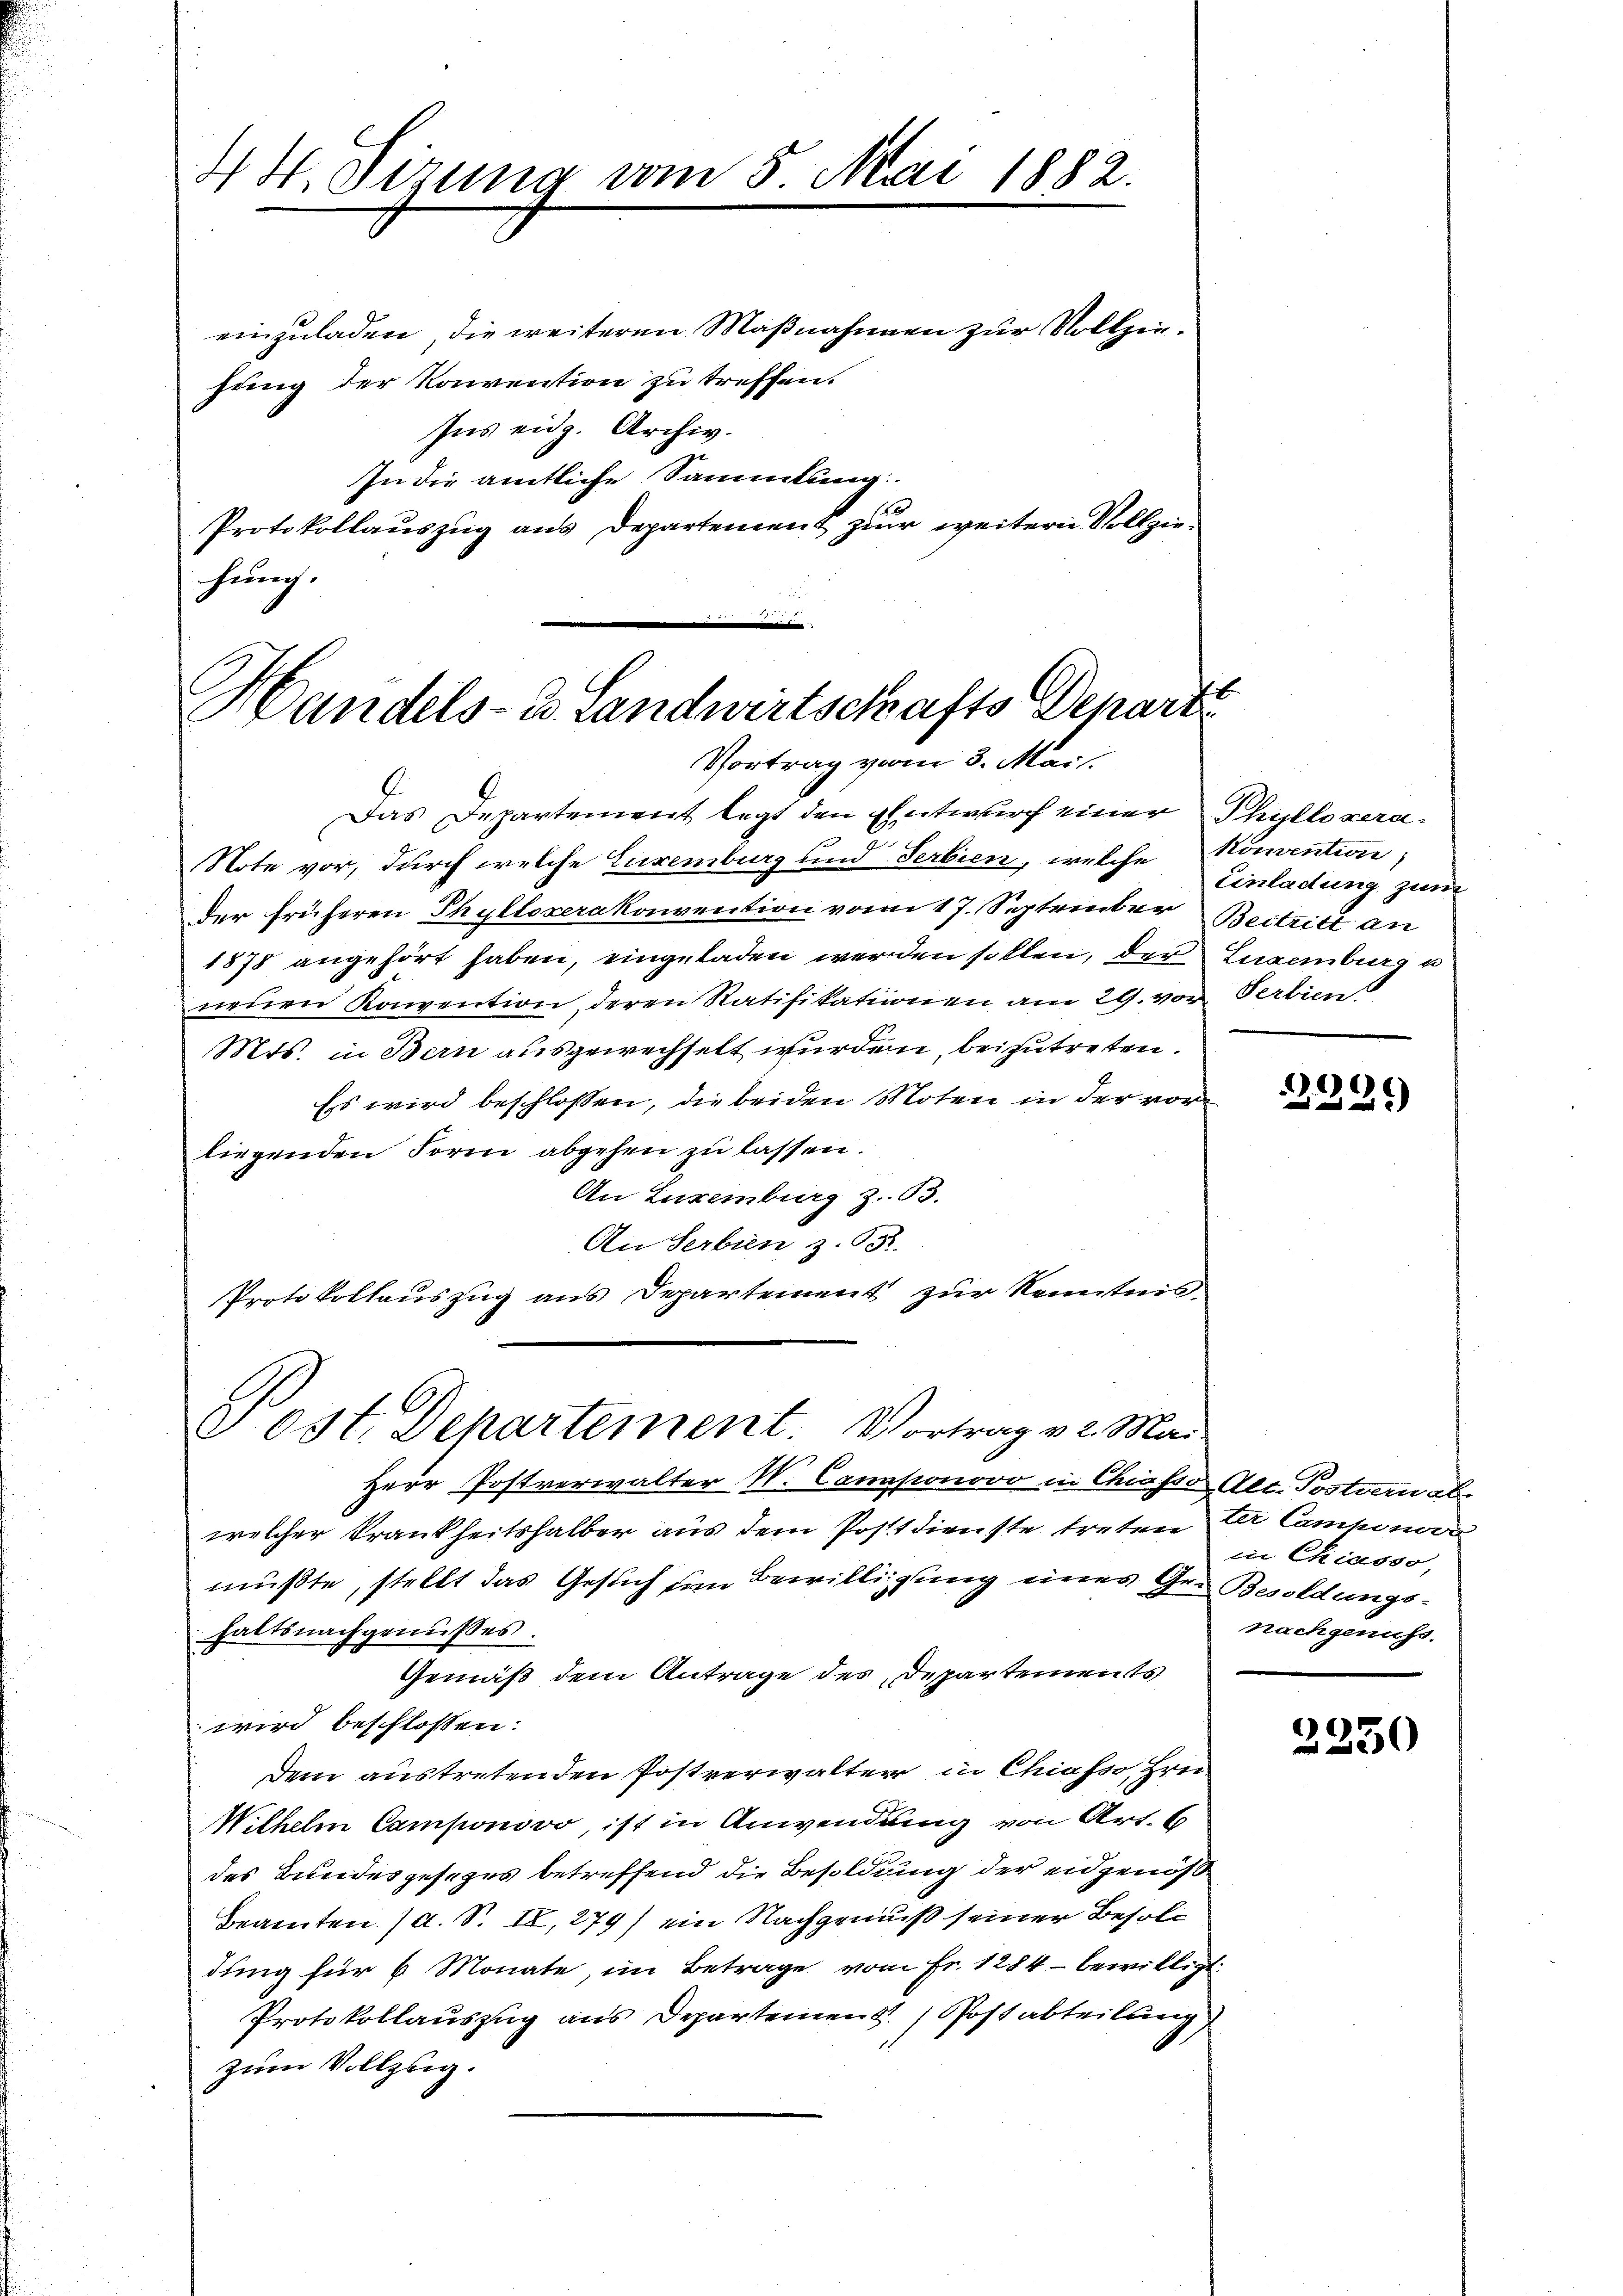
4 H. Vizung vom 5. Mai 1882.

einzuladen, die weiteren Maßnahmen zur Vollziehung der Konvention zu treffen.
Ins eidg. Archiv.
In die amtliche Sammlung.
Protokollauszug aus Departement zur weitern Vollziehung.

Das Departement legt den Entwurf einer Phyllozera¬
Note vor, durch welche Euremburg und Serbien, welche Konvention;
Der früheren Phylloserakonvention vom 17. September Beitritt an
1878 angehört haben, eingeladen werden sollen, der Eugenburg u
neŭen Konvention, deren Ratifikationen am 29. von Pertien
Mts. in Bern ausgewechselt wurden, beizutreten.
Es wird beschlossen, die beiden Moten in der vorliegenden Form abgehen zu lassen.
An Luxenburg z. B.
An Serbien z. 151.
Protokollauszug aus Departement zur Kenntnis.

Handels- u Landwirtschafts Departi
Vortrag vom 3. Mai:

Post. Departement. Vortrag v. 2. Mai

Herr Postverwalter W. Cannponovo in Chiasso, Alt. Postverwal
welcher Krankheitshalber aus dem Postdienste treten Dr Camponori
müßte, stellt das Gesuch um Bewilligung eines Ger Besoldungshaltsnachgenußes.
Gemäß dem Antrage des Departements
wird beschlossen:
Dem austretenden Postverwalter in Chiasso, Hrn
Wilhelm Camponovo, ist in Anwendung von Art. 6
des Bundesgesezes betreffend die Besoldung der eidgenoße
Beamten (a. S. II, 279) ein Nachgenuß seiner Besoldung für 6 Monate im Betrage vom Fr. 1284 – bewilligt.
Protokollauszug aus Departement. Postabteilung
zum Vollzig.

Einladung zum

2229

in Chiasso,
nachgenuss.

2250